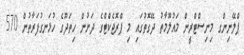
ޕްލޭނިންގ މިނިސްޓްރީން މައުލޫމާތު ދޭގޮތުގައި މި ޕްރޮޖެކްޓްގެ ދަށުން ހިތަދޫގެ ހުޅަނގުފަރާތުން 570